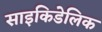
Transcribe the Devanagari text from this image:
साइकिडेलिक